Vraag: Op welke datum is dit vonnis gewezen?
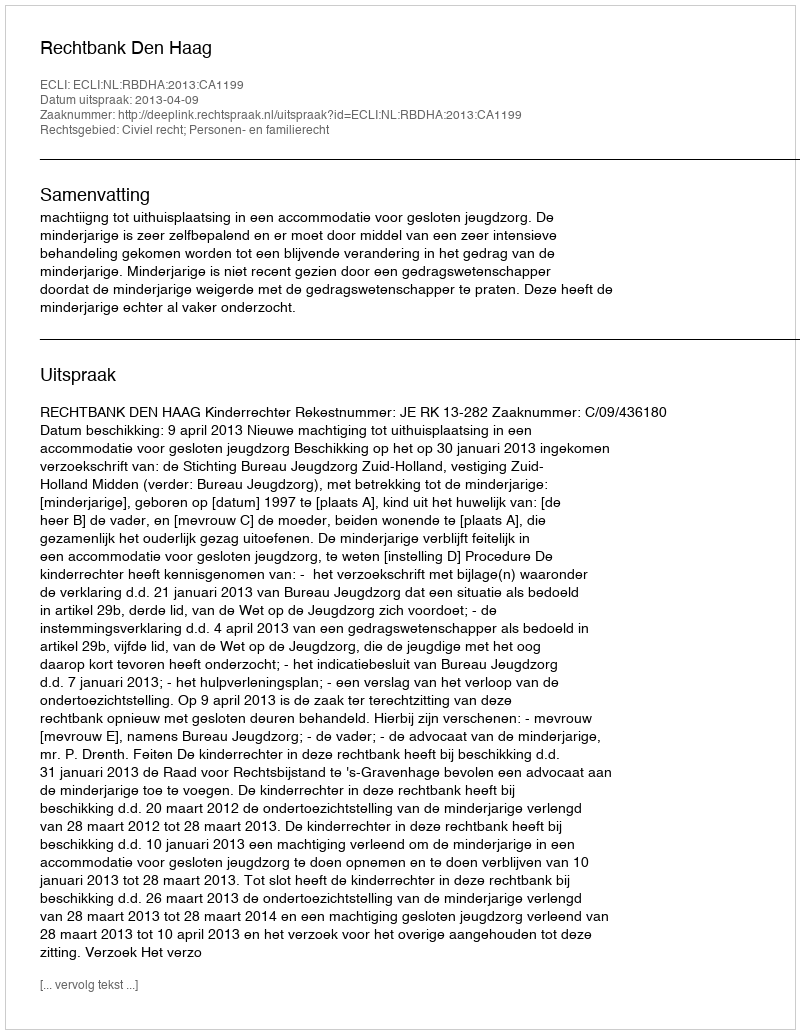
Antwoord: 2013-04-09